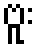
ဗူး